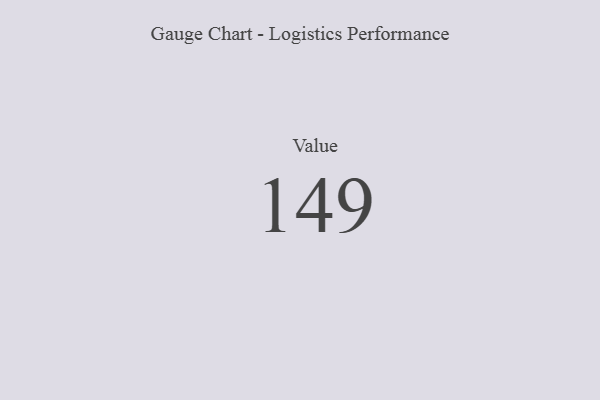
{"axis": {"x": "Metric", "y": "Value"}, "legend": [""], "data": [{"x": "Value", "y": 149, "type": ""}]}